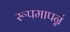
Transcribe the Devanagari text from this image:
रूपमापन्नं